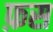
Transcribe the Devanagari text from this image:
फ़स